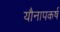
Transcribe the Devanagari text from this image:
यौनापकर्ष